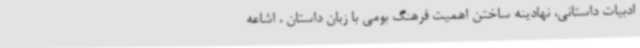
ادبیات داستانی، نهادینه ساختن اهمیت فرهنگ‌ بومی با زبان داستان ، اشاعه